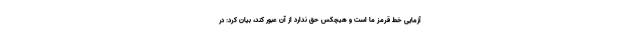
آزمایی خط قرمز ما است و هیچکس حق ندارد از آن عبور کند، بیان کرد: در